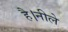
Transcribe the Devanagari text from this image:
है।नीले